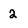
Character: 2